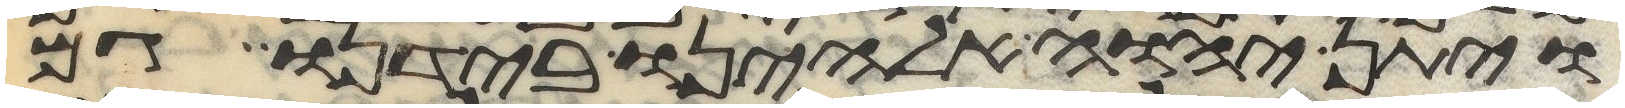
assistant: ויתן יהוה אלהינו בידנו גם